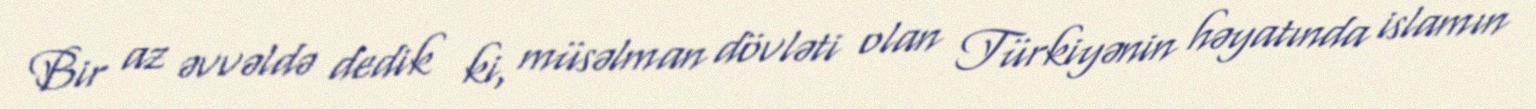
Bir az əvvəldə dedik ki, müsəlman dövləti olan Türkiyənin həyatında islamın